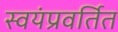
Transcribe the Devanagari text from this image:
स्वयंप्रवर्तित